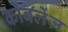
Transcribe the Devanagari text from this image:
कोबलेंज़